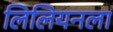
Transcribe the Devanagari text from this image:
लिलियनला